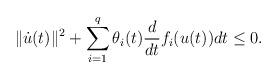
LaTeX: \begin{align*}\| \dot u(t)\|^2 + \sum_{i=1}^{q} \theta_{i}(t) \frac{d}{dt} f_{i} (u(t)) dt \leq 0.\end{align*}